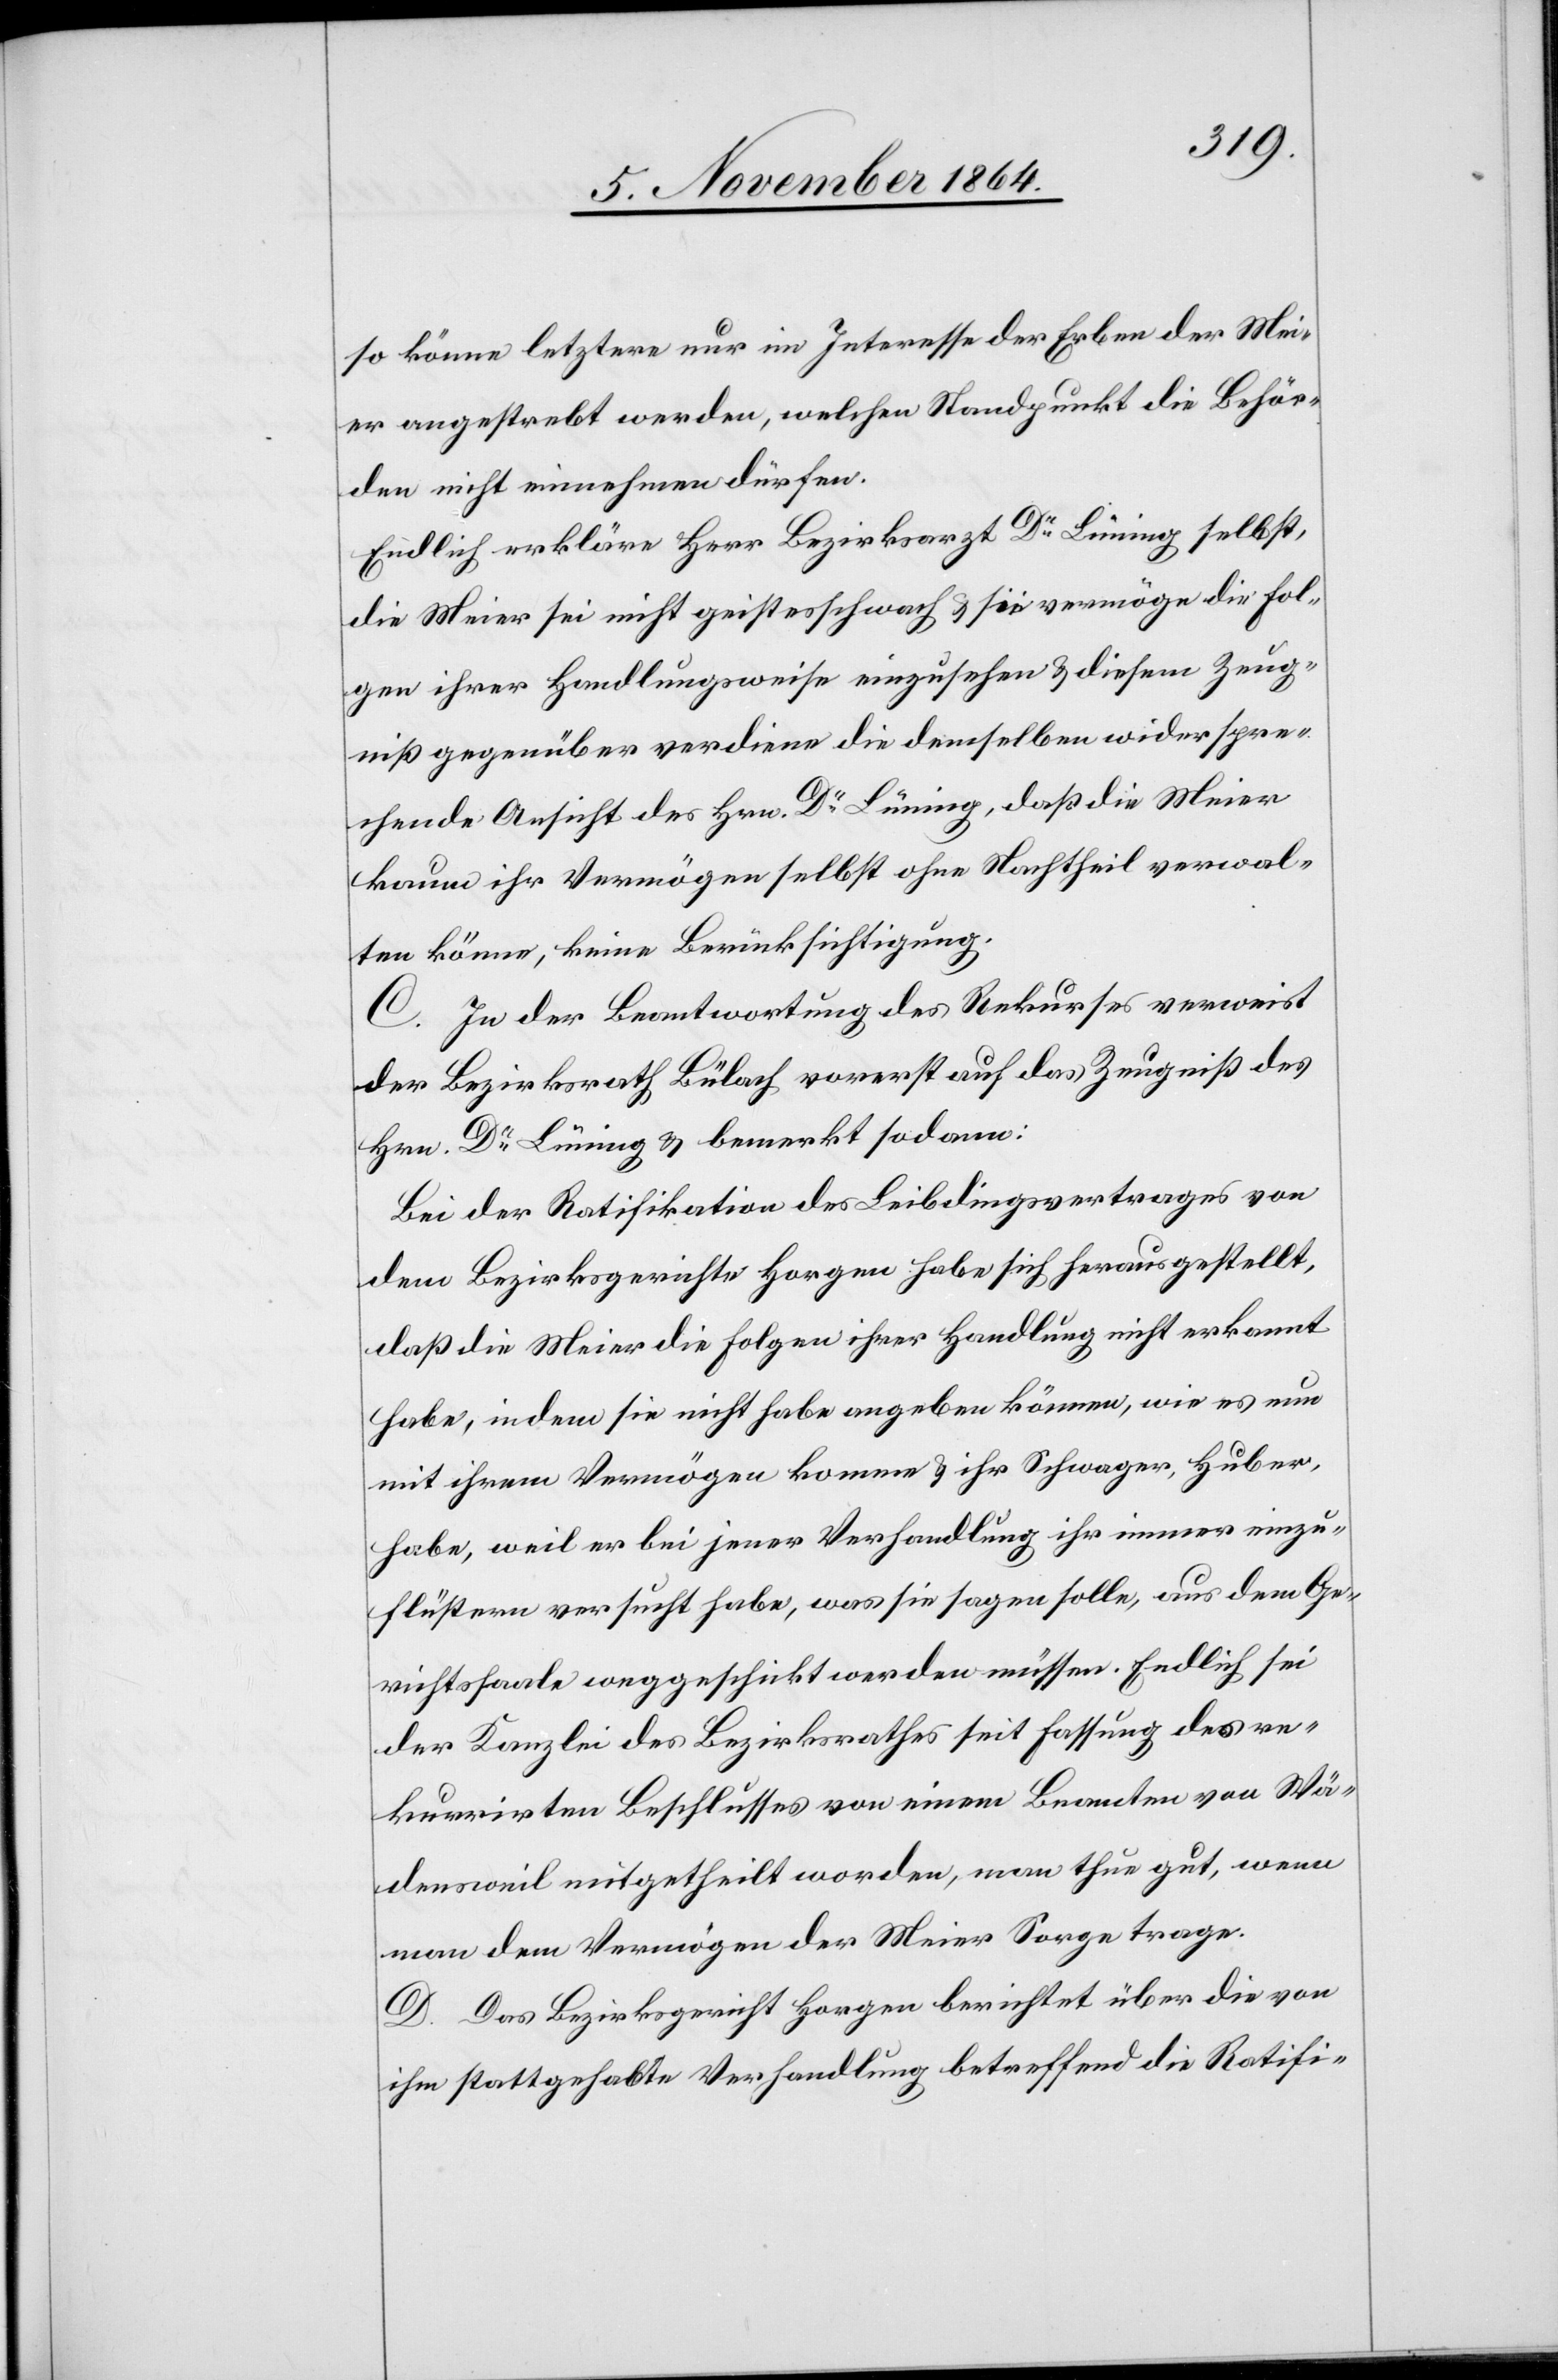
so könne letztere nur im Interesse der Erben der Mei¬
er angestrebt werden, welchen Standpunkt die Behör¬
den nicht einnehmen dürfen.
Endlich erkläre Herr Bezirksarzt Dr Lüning selbst,
die Meier sei nicht geistesschwach & sie vermöge die Fol¬
gen ihrer Handlungsweise einzusehen & diesem Zeug¬
niß gegenüber verdiene die demselben widerspre¬
chende Ansicht des Hrn. Dr Lüning, daß die Meier
kaum ihr Vermögen selbst ohne Nachtheil verwalten
C. In der Beantwortung des Rekurses verweist
der Bezirksrath Bülach vorerst auf das Zeugniß des
Hrn. Dr Lüning & bemerkt sodann:
Bei der Ratifikation des Leibdingsvertrages von
dem Bezirksgerichte Horgen habe sich herausgestellt,
daß die Meier die Folgen ihrer Handlung nicht erkannt
habe, indem sie nicht habe angeben können, wie es nun
mit ihrem Vermögen komme & ihr Schwager, Huber,
habe, weil er bei jener Verhandlung ihr immer einzu¬
flüstern versucht habe, was sie sagen solle, aus dem Ge¬
richtssaale weggeschickt werden müssen. Endlich sei
der Kanzlei des Bezirksrathes seit Fassung des re¬
kurrirten Beschlusses von einem Beamten von Wä¬
densweil mitgetheilt worden, man thue gut, wenn
man dem Vermögen der Meier Sorge trage.
D. Das Bezirksgericht Horgen berichtet über die von
ihm stattgehabte Verhandlung betreffend die Ratifi-